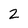
Character: 2